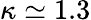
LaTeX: \kappa\simeq 1.3